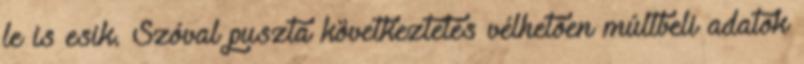
le is esik. Szóval puszta következtetés vélhetően múltbeli adatok